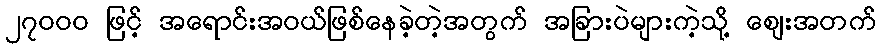
၂၇၀ဝ၀ ဖြင့် အရောင်းအဝယ်ဖြစ်နေခဲ့တဲ့အတွက် အခြားပဲများကဲ့သို့ ဈေးအတက်